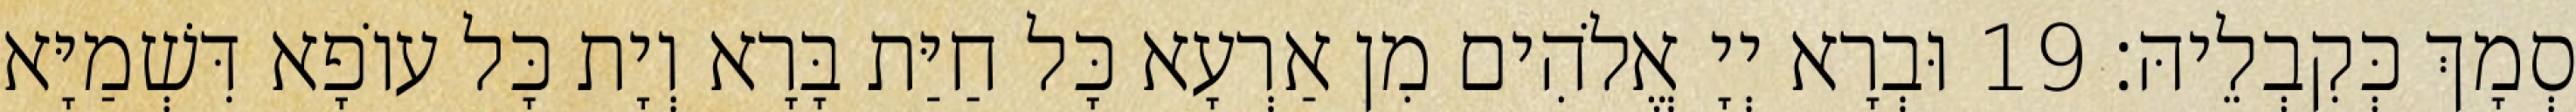
סְמָךְ כְּקִבְלֵיהּ׃ 19 וּבְרָא יְיָ אֱלֹהִים מִן אַרְעָא כָּל חַיַּת בָּרָא וְיָת כָּל עוֹפָא דִּשְׁמַיָּא